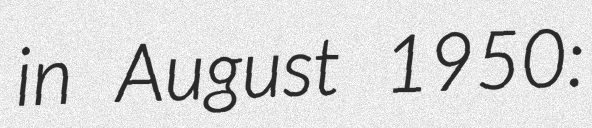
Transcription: in August 1950: